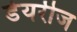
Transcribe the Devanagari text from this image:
डेयरीज